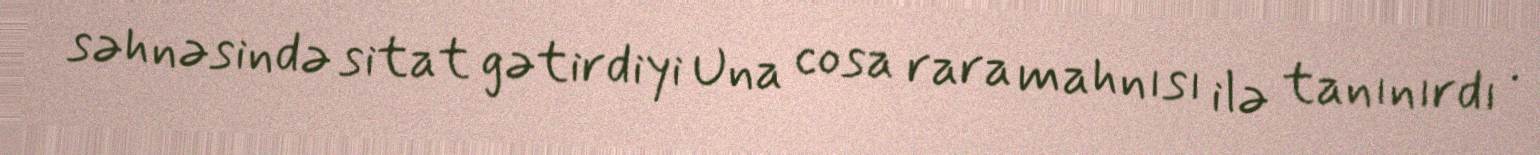
səhnəsində sitat gətirdiyi Una cosa rara mahnısı ilə tanınırdı .